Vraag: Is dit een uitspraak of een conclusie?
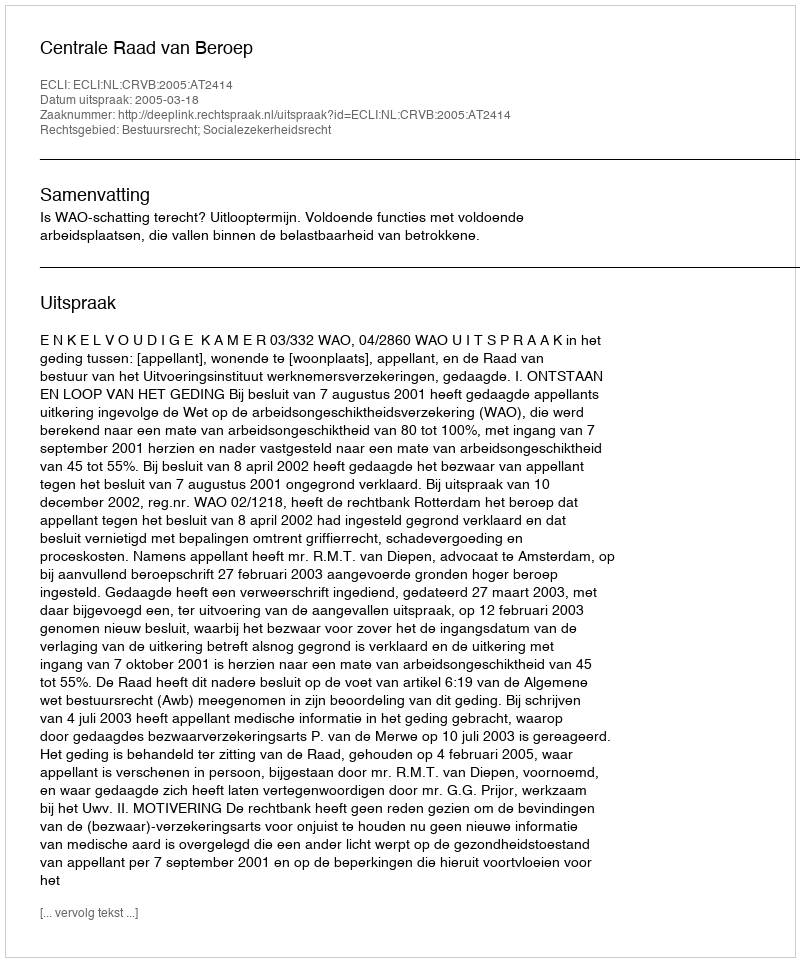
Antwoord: Uitspraak